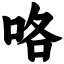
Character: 咯